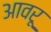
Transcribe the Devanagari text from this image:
आवरू